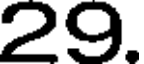
29.